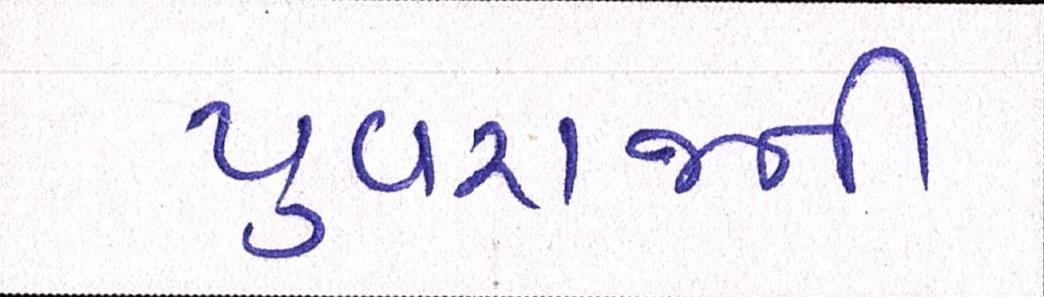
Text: યુવરાજની